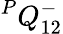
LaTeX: {}^{P}{Q}_{1{2}}^{-}